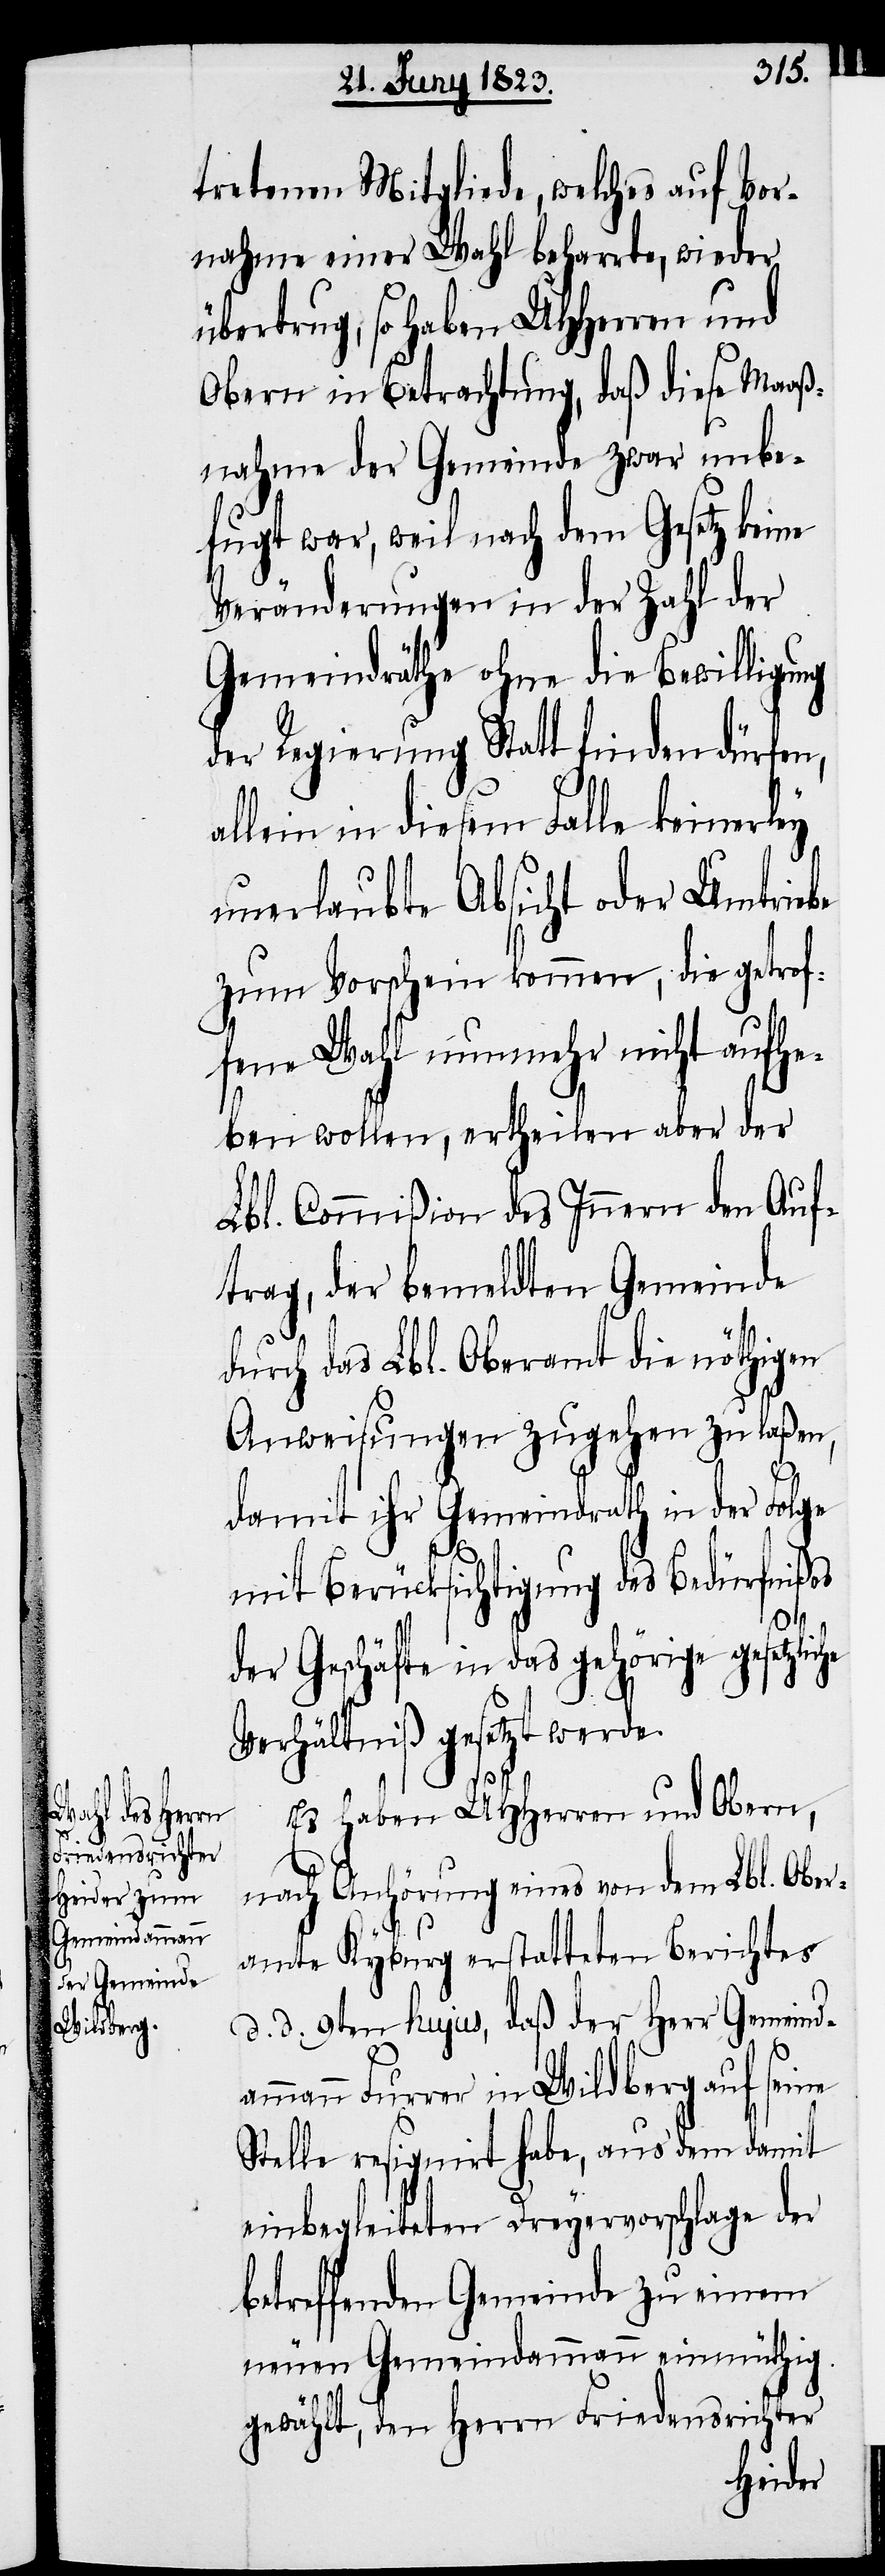
tretenen Mitgliede, welches auf Vor¬
nahme einer Wahl beharrte, wieder
übertrug, so haben UHHerren und
Obern in Betrachtung, daß diese Maaß¬
nahme der Gemeinde zwar unbe¬
fugt war, weil nach dem Gesetz keine
Veränderungen in der Zahl der
Gemeindräthe ohne die Bewilligung
der Regierung Statt finden dürfen,
allein in diesem Falle keinerley
unerlaubte Absicht oder Umtriebe
zum Vorschein kommen, die getrof¬
fene Wahl nunmehr nicht aufhe¬
ben wollen, ertheilen aber der
Lbl. Commißion des Innern den Auf¬
trag, der bemeldten Gemeinde
durch das Lbl. Oberamt die nöthigen
Anweisungen zugehen zu laßen,
damit ihr Gemeindrath in der Folge
mit Berücksichtigung des Bedürfnißes
der Geschäfte in das gehörige gesetzli¬
Verhältniß gesetzt werde.
Es haben UHHerren und Obern,
nach Anhörung eines von dem Lbl. Ober¬
amte Kyburg erstatteten Berichtes
d. d. 9ten hujus, daß der Herr Gemeind¬
a¬
mmann Furrer in Wildberg auf seine
Stelle resignirt habe, aus dem damit
einbegleiteten Dreyervorschlage der
betreffenden Gemeinde zu einem
neuen Gemeindammann einmüthig
gewählt, den Herrn Friedensrichter